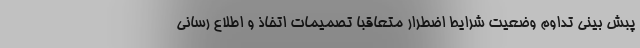
پبش بینی تداوم وضعیت شرایط اضطرار متعاقبا تصمیمات اتخاذ و اطلاع رسانی